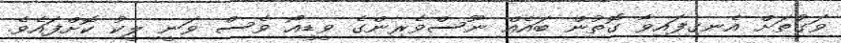
ވަގުތަށް އެނގިފައިވާ ގޮތުން ބައެއް ނޫސްވެރިންގެ ވީޑީއޯ ވެސް ވަނީ ލީކު ކޮށްފައެވެ.